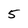
Character: 5